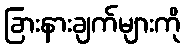
ခြားနားချက်များကို